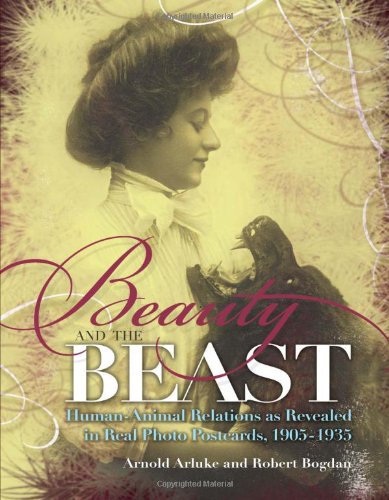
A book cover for Beauty and the Beast: Human-Animal Relations as Revealed in Real Photo Postcards, 1905-1935; Arnold Arluke; Crafts, Hobbies & Home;